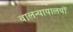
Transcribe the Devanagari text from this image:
बालन्यायालयों